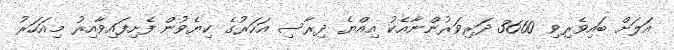
އަލަށް ބައިވެރިވި 3660 ދަރިވަރުންނާއެކު އިއްޔެ ދިރާސި އަހަރުގެ ކިޔެވުން ފެށިފައިވާއިރު މިއަހަރު